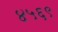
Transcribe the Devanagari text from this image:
४५६९